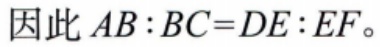
因此 \(AB:BC = DE:EF\)。